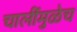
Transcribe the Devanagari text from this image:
चालींमुळेच